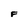
Character: F